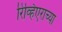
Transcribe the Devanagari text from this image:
रिव्हिएराच्या